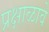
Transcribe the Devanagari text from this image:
प्रक्षाळावे